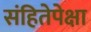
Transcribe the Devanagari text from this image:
संहितेपेक्षा